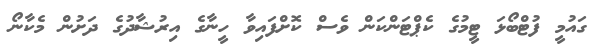
ގައުމީ ފުޓްބޯޅަ ޓީމުގެ ކެޕްޓަންކަން ވެސް ކޮށްފައިވާ ހީނާގެ އިރުޝާދުގެ ދަށުން މެކާނޯ